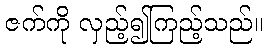
ဇက်ကို လှည့်၍ကြည့်သည်။